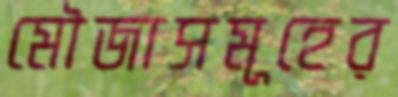
মৌজাসমূহের